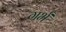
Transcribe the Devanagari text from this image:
गर्भं